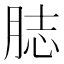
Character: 䏯